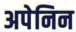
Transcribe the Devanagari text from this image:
अपेनिन